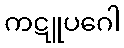
ကဋူပဂေါ